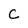
Character: C